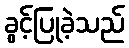
ခွင့်ပြုခဲ့သည်